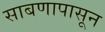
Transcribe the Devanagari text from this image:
साबणापासून